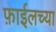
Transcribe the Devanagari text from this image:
फ़ाईलच्या